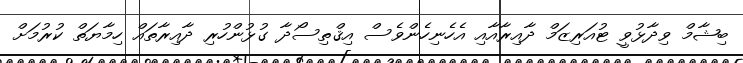
ބިޝާމް ވިދާޅުވީ ޓުއަރިޒަމް ދާއިރާއާއި އެހެނިހެންވެސް އިޤްތިސޯދާ ގުޅުންހުރި ދާއިރާތައް ހިމާޔަތް ކުރުމަށް